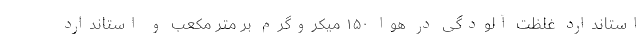
استاندارد غلظت آلودگی در هوا ۱۵۰ میکروگرم بر متر مکعب و استاندارد